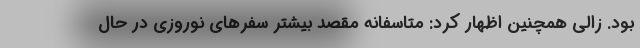
بود. زالی همچنین اظهار کرد: متاسفانه مقصد بیشتر سفرهای نوروزی در حال